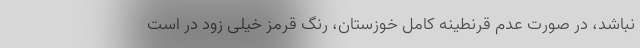
نباشد، در صورت عدم قرنطینه کامل خوزستان، رنگ قرمز خیلی زود در است